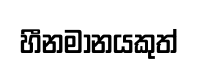
හීනමානයකුත්